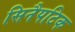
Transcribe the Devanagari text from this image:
सिनैपटिक